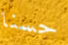
حسنا